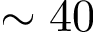
\sim 4 0